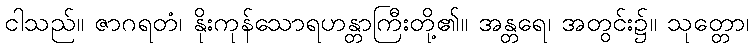
ငါသည်။ ဇာဂရတံ၊ နိုးကုန်သောရဟန္တာကြီးတို့၏။ အန္တရေ၊ အတွင်း၌။ သုတ္တော၊